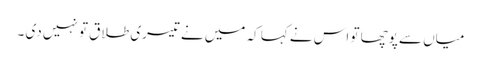
میاں سے پوچھا تو اس نے کہا کہ میں نے تیسری طلاق تو نہیں دی ۔